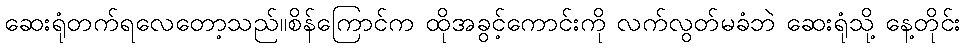
ဆေးရုံတက်ရလေတော့သည်။စိန်ကြောင်က ထိုအခွင့်ကောင်းကို လက်လွတ်မခံဘဲ ဆေးရုံသို့ နေ့တိုင်း